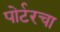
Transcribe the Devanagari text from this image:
पोर्टरचा